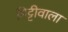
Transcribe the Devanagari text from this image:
मिट्टीवाला